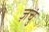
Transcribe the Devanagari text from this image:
ज़चुं